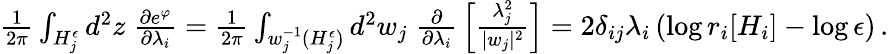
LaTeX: \begin{array}{r}{{\frac{1}{2\pi}}\int_{H_{j}^{\epsilon}}d^{2}z\; {\frac{\partial e^{\varphi}}{\partial\lambda_{i}}}={\frac{1}{2\pi}}\int_{w_{j}^{-1}(H_{j}^{\epsilon})}d^{2}w_{j}\; {\frac{\partial}{\partial\lambda_{i}}}\left[{\frac{\lambda_{j}^{2}}{|w_{j}|^{2}}}\right]=2\delta_{ij}\lambda_{i}\left(\log r_{i}[H_{i}]-\log\epsilon\right)\, .}\end{array}